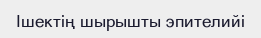
Ішектің шырышты эпителийі